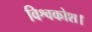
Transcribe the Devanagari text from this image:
विश्वकोश।